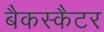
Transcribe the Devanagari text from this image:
बैकस्कैटर